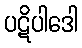
ပဋိပါဒေါ